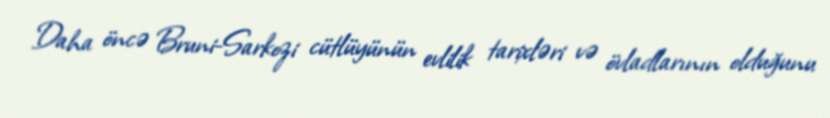
Daha öncə Bruni-Sarkozi cütlüyünün evlilik tarixləri və övladlarının olduğunu